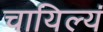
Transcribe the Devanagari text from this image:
चायिल्यं